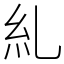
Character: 糺